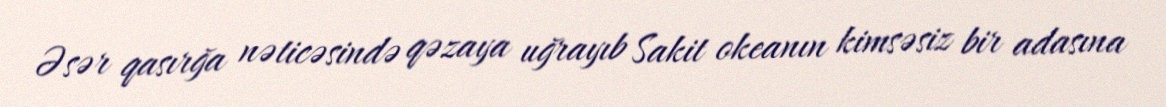
Əsər qasırğa nəticəsində qəzaya uğrayıb Sakit okeanın kimsəsiz bir adasına